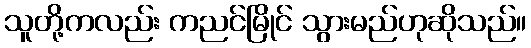
သူတို့ကလည်း ကညင်မြိုင် သွားမည်ဟုဆိုသည်။